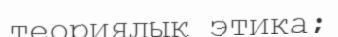
теориялық этика;